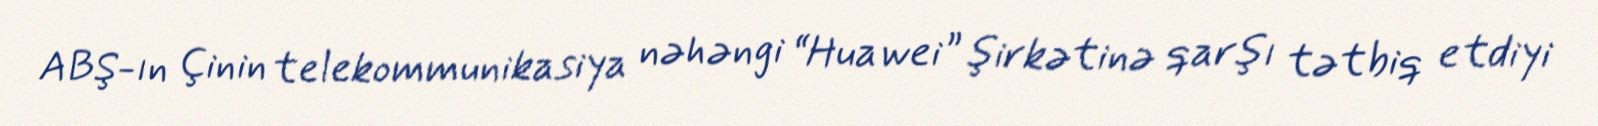
ABŞ-ın Çinin telekommunikasiya nəhəngi “Huawei” şirkətinə qarşı tətbiq etdiyi